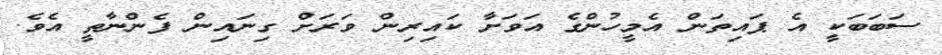
ސަބަބަކީ އެ ޕައިތަން އެމީހުންގެ އަވަށާ ކައިރިން ވަރަށް ގިނައިން ފެންނާތީ އެވެ.